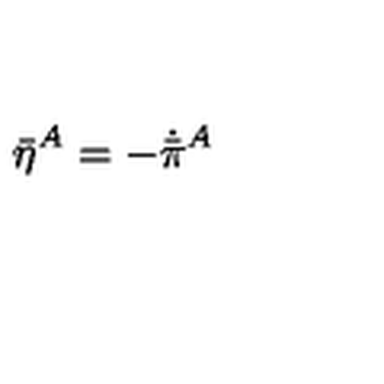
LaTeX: \bar { \eta } { } ^ { A } = - \dot { \bar { \pi } } { } ^ { A }